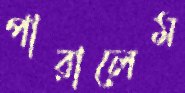
পারালেম